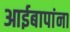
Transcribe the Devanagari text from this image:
आईबापांना